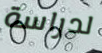
لدراسة